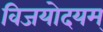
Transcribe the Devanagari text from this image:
विजयोदयम्